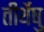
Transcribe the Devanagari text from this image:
तीर्थेषु